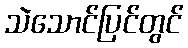
သဲသောင်ပြင်တွင်